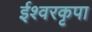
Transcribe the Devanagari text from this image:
ईश्वरकृपा